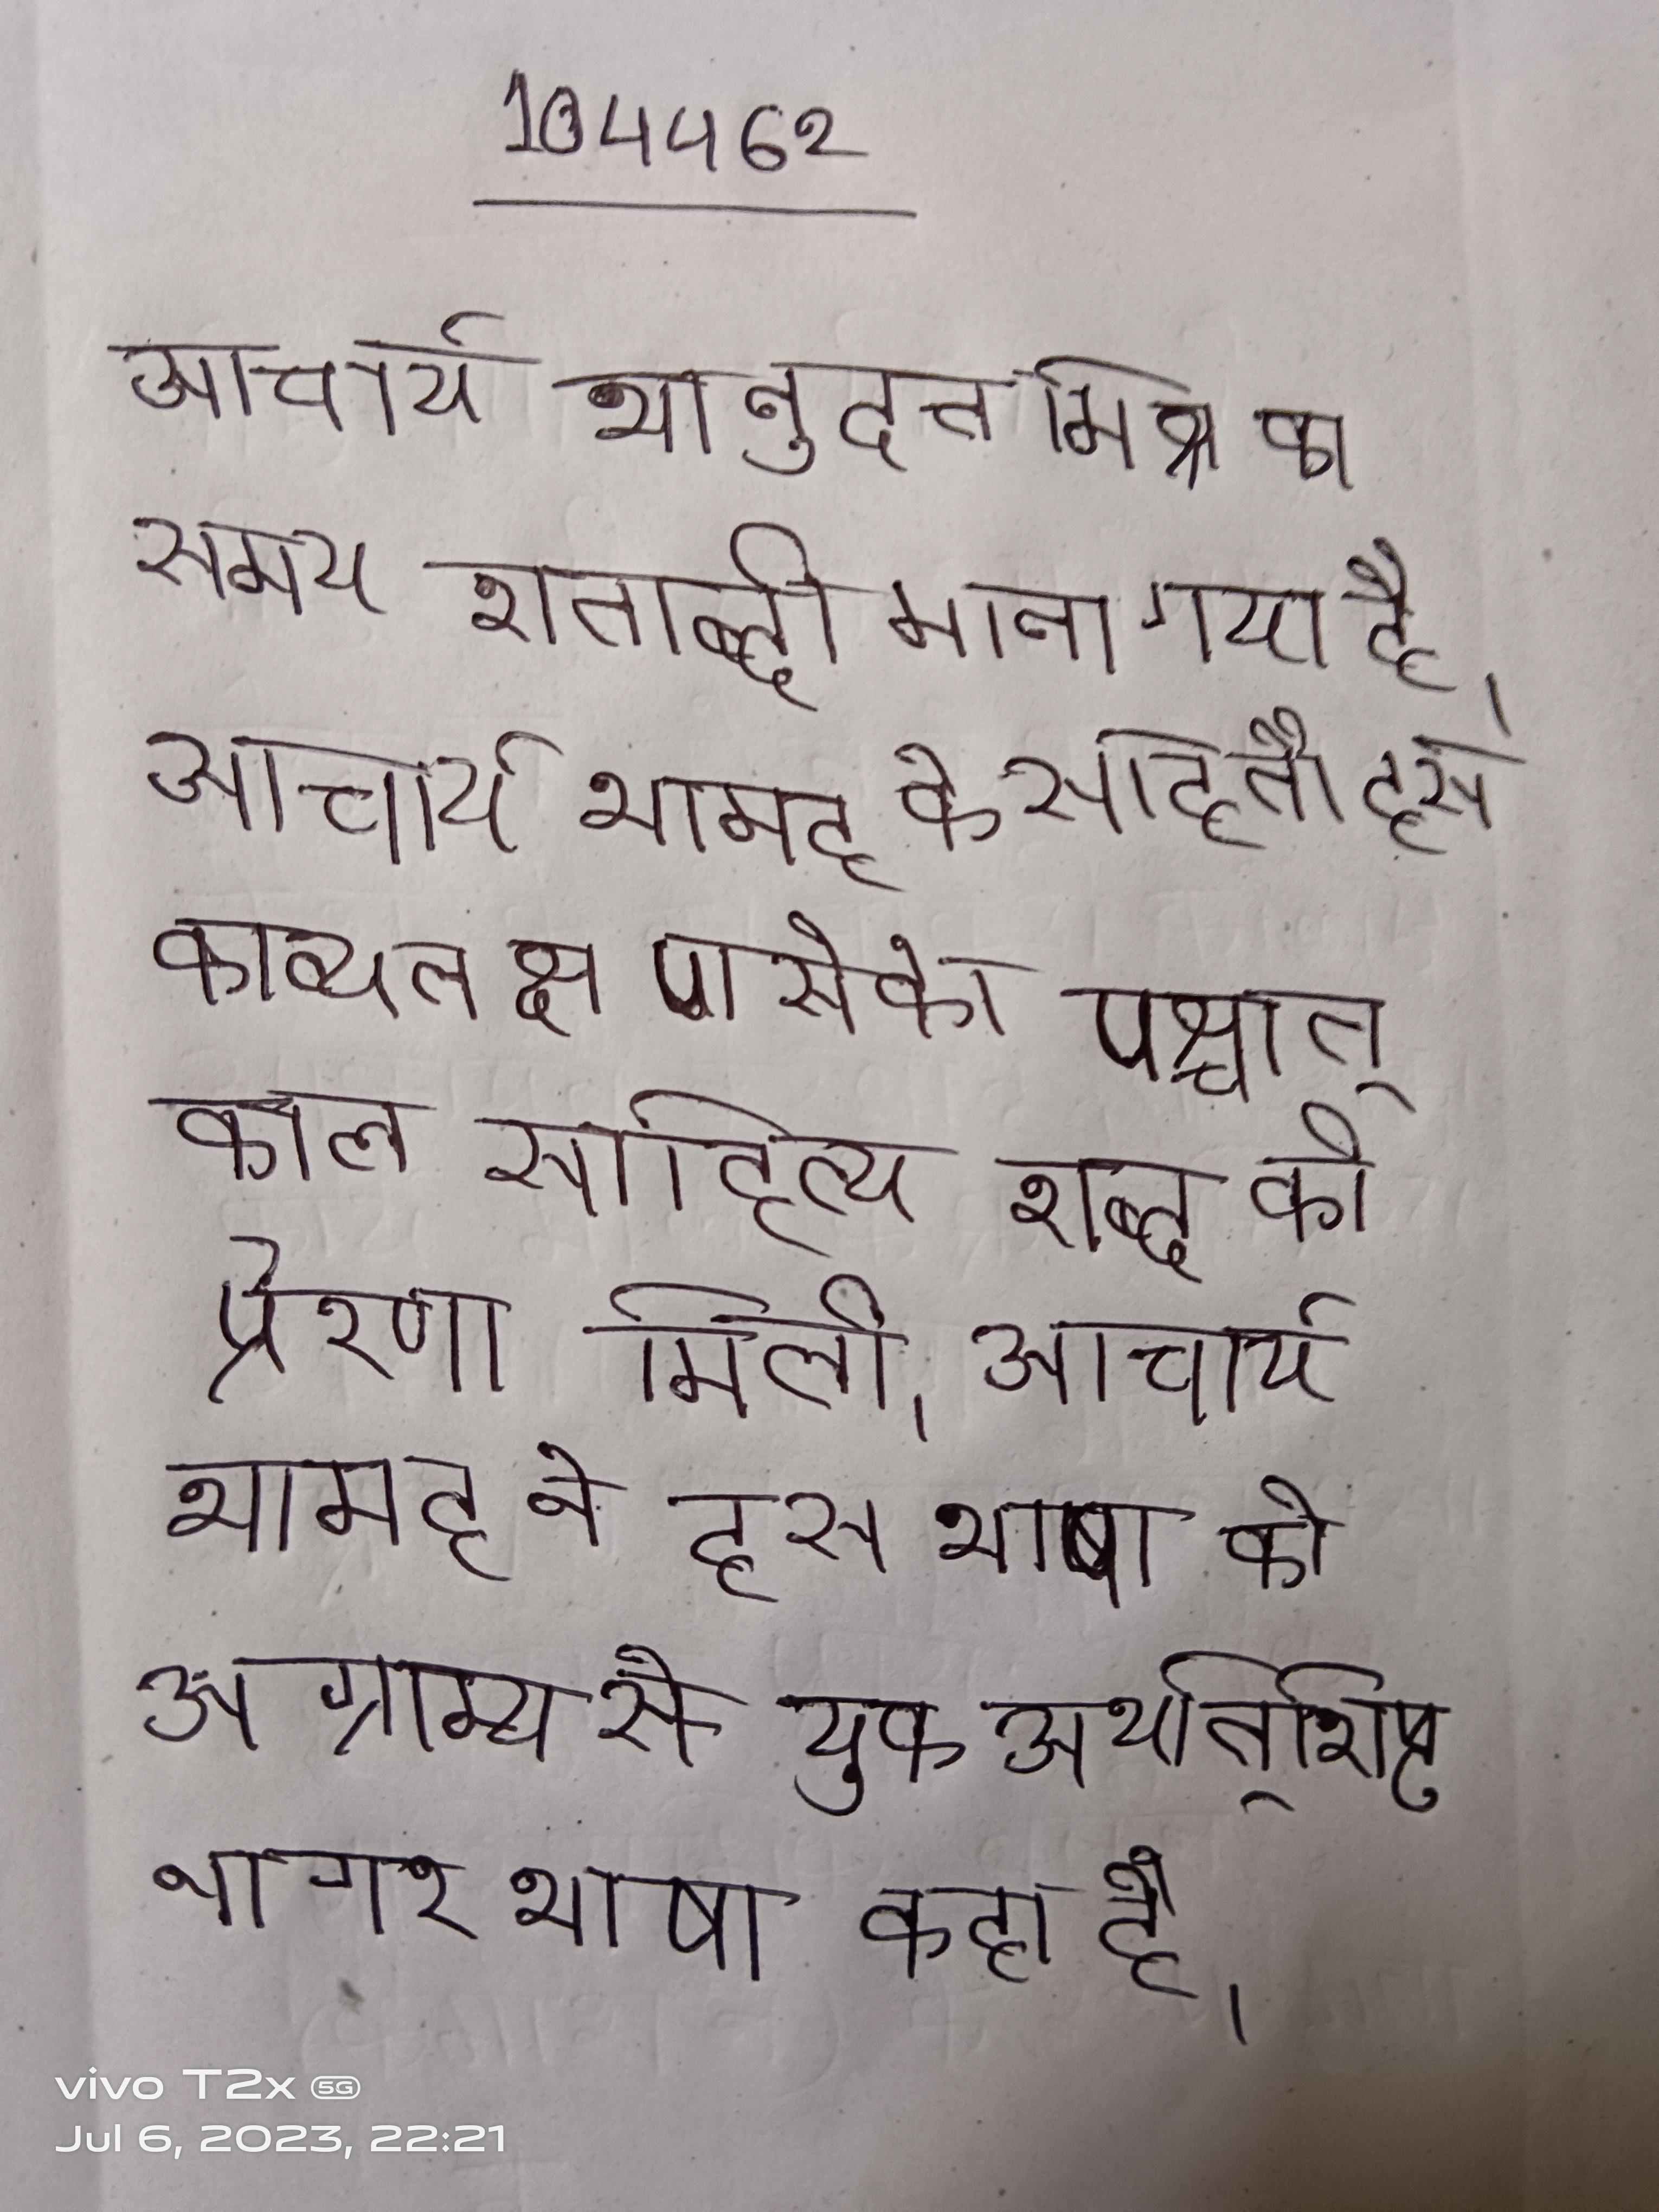
आचार्य भानुदत्त मिश्र का समय शताब्दी माना गया है । आचार्य भामह के सहितौ इस काव्यलक्षण से को पश्चात् काल साहित्य शब्द की प्रेरणा मिली । आचार्य भामह ने इस भाषा को अग्राम्य से युक्त अर्थात् शिष्ट नागर भाषा कहा है ।